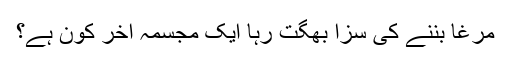
مرغا بننے کی سزا بھگت رہا ایک مجسمہ آخر کون ہے؟